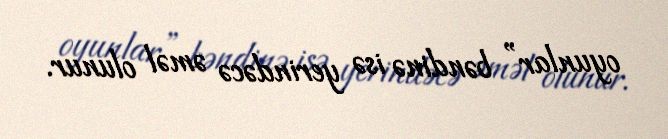
oyunlar” bəndinə isə yerindəcə əməl olunur.